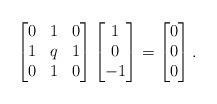
LaTeX: \begin{align*}\begin{bmatrix}0&1&0\\1&q&1\\0&1&0\end{bmatrix}\begin{bmatrix}1\\0\\-1\end{bmatrix} = \begin{bmatrix}0\\0\\0\end{bmatrix}.\end{align*}